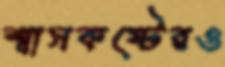
শ্বাসকষ্টেরও